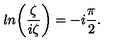
l n \biggl ( { \frac { \zeta } { i \zeta } } \biggr ) = - i { \frac { \pi } { 2 } } .